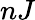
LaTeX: nJ